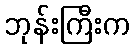
ဘုန်းကြီးက